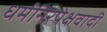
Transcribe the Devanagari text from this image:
धर्मनिरपेक्षवादी